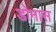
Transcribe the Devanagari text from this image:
डोनास